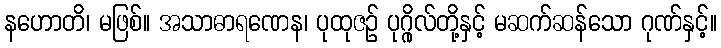
နဟောတိ၊ မဖြစ်။ အသာဓာရဏေန၊ ပုထုဇဉ် ပုဂ္ဂိုလ်တို့နှင့် မဆက်ဆန်သော ဂုဏ်နှင့်။